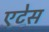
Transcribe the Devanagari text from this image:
एटेस